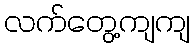
လက်တွေ့ကျကျ